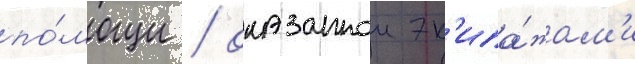
по́мощи / оказаннои эк'ипа́жам'и